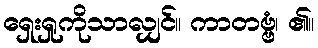
ရှေးရှုကိုသာလျှင်။ ကာတဗ္ဗံ၊ ၏။